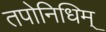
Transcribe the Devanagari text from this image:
तपोनिधिम्